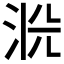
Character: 𱦎